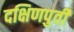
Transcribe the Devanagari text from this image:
दक्षिणपुर्वी